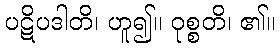
ပဋိပဒါတိ၊ ဟူ၍။ ဝုစ္စတိ၊ ၏။